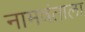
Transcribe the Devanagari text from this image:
नामवंताला